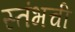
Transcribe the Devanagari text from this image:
स्तंभची